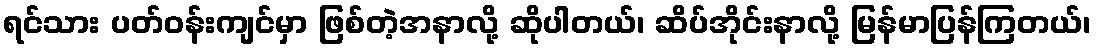
ရင်သား ပတ်ဝန်းကျင်မှာ ဖြစ်တဲ့အနာလို့ ဆိုပါတယ်၊ ဆိပ်အိုင်းနာလို့ မြန်မာပြန်ကြတယ်၊